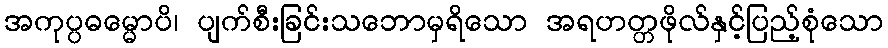
အကုပ္ပဓမ္မောပိ၊ ပျက်စီးခြင်းသဘောမှရိသော အရဟတ္တဖိုလ်နှင့်ပြည့်စုံသော